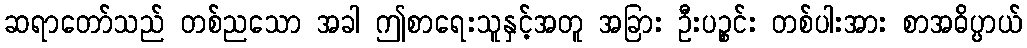
ဆရာတော်သည် တစ်ညသော အခါ ဤစာရေးသူနှင့်အတူ အခြား ဦးပဉ္စင်း တစ်ပါးအား စာအဓိပ္ပာယ်